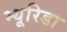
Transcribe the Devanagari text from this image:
म्यूरिडा